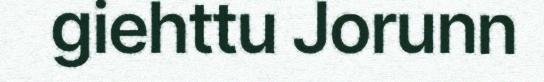
giehttu Jorunn